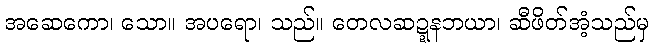
အဆေကော၊ သော။ အပရော၊ သည်။ တေလဆဍ္ဍနဘယာ၊ ဆီဖိတ်အံ့သည်မှ